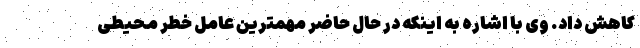
کاهش داد. وی با اشاره به اینکه در حال حاضر مهمترین عامل خطر محیطی